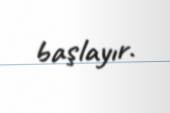
başlayır.